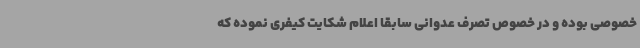
خصوصی بوده و در خصوص تصرف عدوانی سابقا اعلام شکایت کیفری نموده که